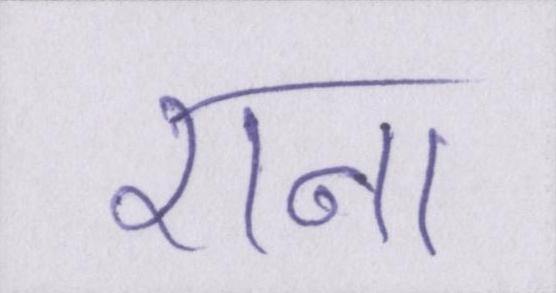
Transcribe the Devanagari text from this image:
राना